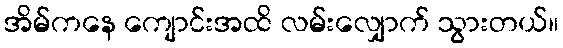
အိမ်ကနေ ကျောင်းအထိ လမ်းလျှောက် သွားတယ်။